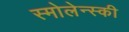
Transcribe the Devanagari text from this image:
स्मोलेन्स्की